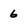
Character: 6